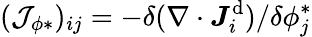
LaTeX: (\mathcal{J}_{\phi*})_{ij}=-\delta(\nabla\cdot\boldsymbol{J}_{i}^{\mathrm{d}})/\delta\phi_{j}^{*}